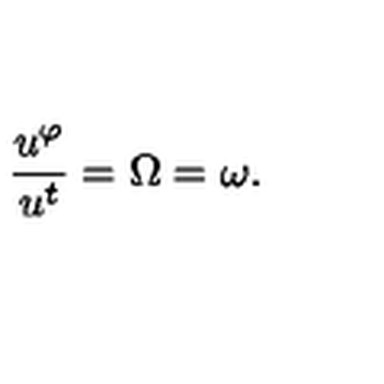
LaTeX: \frac { u ^ { \varphi } } { u ^ { t } } = \Omega = \omega .